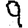
Digit: 9